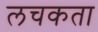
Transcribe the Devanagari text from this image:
लचकता